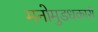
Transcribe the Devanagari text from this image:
मनोमुडधकारी